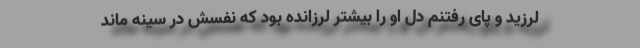
لرزید و پای رفتنم دل او را بیشتر لرزانده بود که نفسش در سینه ماند